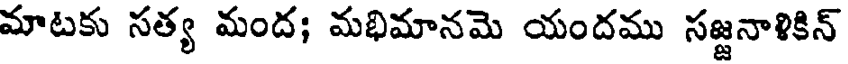
మాటకు సత్య మంద; మభిమానమె యందము సజ్జనాళికిన్